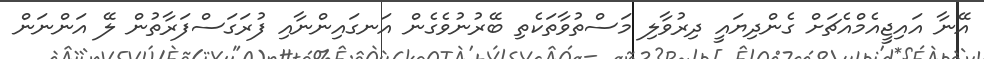
އޭނާ އައިޖީއެމްއެޗަށް ގެންދިޔައީ ދިރުވާލި މަސްތުވާތަކެތި ބޭރުނުވެގެން އަނގައިންނާއި ފުރަގަސްފަރާތުން ލޭ އަންނަން